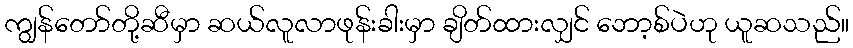
ကျွန်တော်တို့ဆီမှာ ဆယ်လူလာဖုန်းခါးမှာ ချိတ်ထားလျှင် ဘော့စ်ပဲဟု ယူဆသည်။